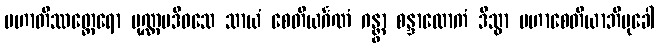
မဟာတိဿတ္ထေရော ပုဏ္ဏမဒိဝသေ သာယံ စေတိယင်္ဂဏံ ဂန္တွာ စန္ဒာလောကံ ဒိသွာ မဟာစေတိယာဘိမုခေါ